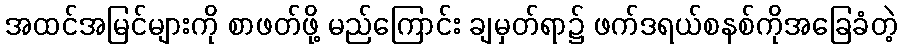
အထင်အမြင်များကို စာဖတ်ဖို့ မည်ကြောင်း ချမှတ်ရာ၌ ဖက်ဒရယ်စနစ်ကိုအခြေခံတဲ့